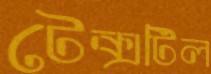
টেক্সটিল